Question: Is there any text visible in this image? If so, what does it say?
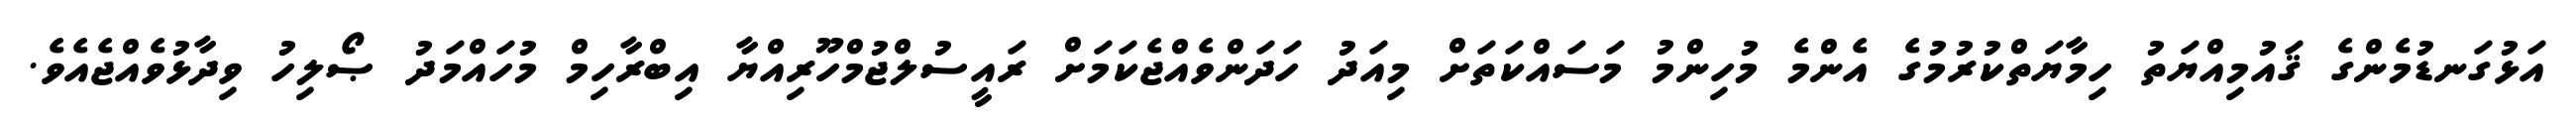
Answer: އަޅުގަނޑުމެންގެ ޤައުމިއްޔަތު ހިމާޔަތްކުރުމުގެ އެންމެ މުހިންމު މަސައްކަތަށް މިއަދު ހަދަންވެއްޖެކަމަށް ރައީސުލްޖުމްހޫރިއްޔާ އިބްރާހިމް މުހައްމަދު ޞޯލިހު ވިދާޅުވެއްޖެއެވެ.